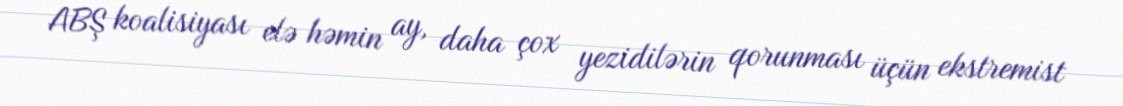
ABŞ koalisiyası elə həmin ay, daha çox yezidilərin qorunması üçün ekstremist